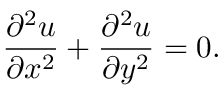
{ \frac { \partial ^ { 2 } u } { \partial x ^ { 2 } } } + { \frac { \partial ^ { 2 } u } { \partial y ^ { 2 } } } = 0 .